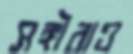
সঙ্গীরাও